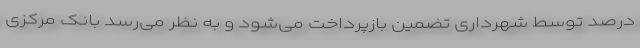
درصد توسط شهرداری تضمین بازپرداخت می‌شود و به نظر می‌رسد بانک مرکزی